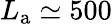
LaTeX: L_{\mathrm{a}}\simeq 500